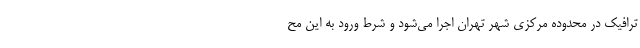
ترافیک در محدوده مرکزی شهر تهران اجرا می‌شود و شرط ورود به این مح